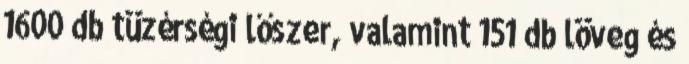
1600 db tüzérségi lőszer, valamint 151 db löveg és